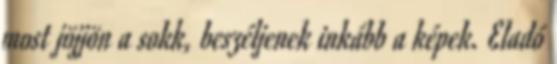
most jöjjön a sokk, beszéljenek inkább a képek. Eladó